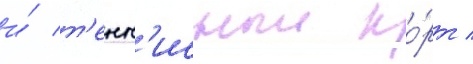
и́ т'енн'исныи ко́рт /